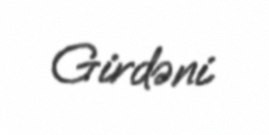
Girdəni